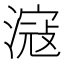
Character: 滱